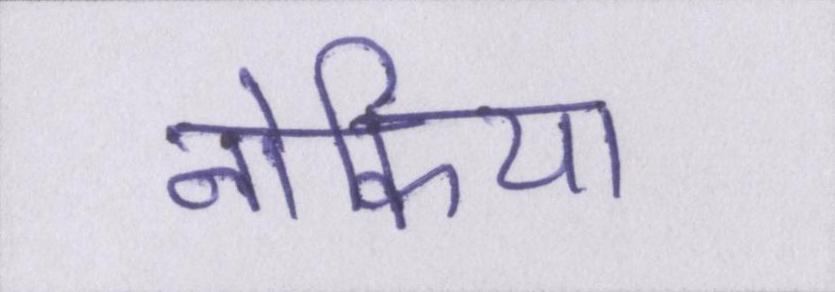
नोकिया